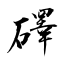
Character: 礋